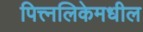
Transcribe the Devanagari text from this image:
पित्त्नलिकेमधील